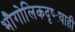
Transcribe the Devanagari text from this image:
भौगोलिकदृष्ट्याही